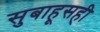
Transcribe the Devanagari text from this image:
सुबाहूसही